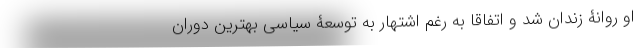
او روانۀ زندان شد و اتفاقا به رغم اشتهار به توسعۀ سیاسی بهترین دوران